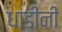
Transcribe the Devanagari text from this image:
धाडींनी